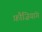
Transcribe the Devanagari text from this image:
फ़ौज़ियांग